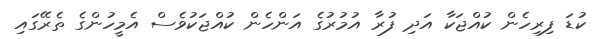
ކުޑަ ފިރިހެން ކުއްޖަކާ އަދި ފުރާ އުމުރުގެ އަންހެން ކުއްޖަކުވެސް އެމީހުންގެ ތެރޭގައި